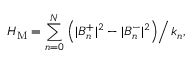
{ \cal H } _ { \mathrm { M } } = \sum _ { n = 0 } ^ { N } \left. \left( | B _ { n } ^ { + } | ^ { 2 } - | B _ { n } ^ { - } | ^ { 2 } \right) \right/ k _ { n } ,